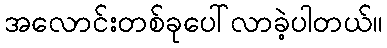
အလောင်းတစ်ခုပေါ်လာခဲ့ပါတယ်။